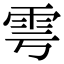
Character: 雩